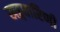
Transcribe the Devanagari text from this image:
खड्गधारिणी